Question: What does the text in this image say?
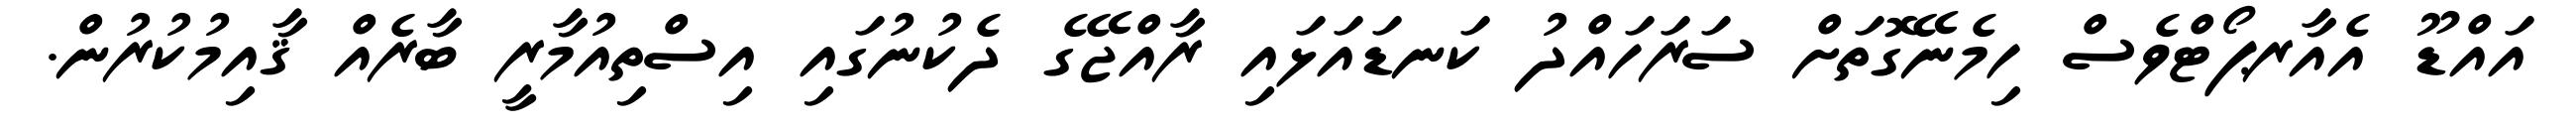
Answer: އައްޑޫ އެއާރޕޯޓްވެސް ހިމެނޭގޮތަށް ސަރަހައްދު ކަނޑައަޅައި ރާއްޖޭގެ ދެކުނުގައި އިސްތިއުމާރީ ބާރެއް ޤާއިމުކުރުން.